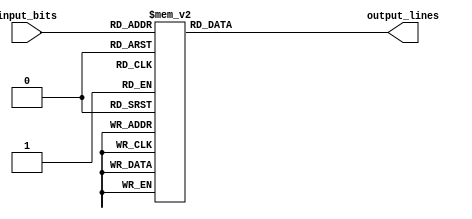
module octal_decoder(input [2:0] input_bits,
                      output reg [7:0] output_lines);

always @(*) begin
    case(input_bits)
        3'b000: output_lines = 8'b00000001; // Output line 1 active
        3'b001: output_lines = 8'b00000010; // Output line 2 active
        3'b010: output_lines = 8'b00000100; // Output line 3 active
        3'b011: output_lines = 8'b00001000; // Output line 4 active
        3'b100: output_lines = 8'b00010000; // Output line 5 active
        3'b101: output_lines = 8'b00100000; // Output line 6 active
        3'b110: output_lines = 8'b01000000; // Output line 7 active
        3'b111: output_lines = 8'b10000000; // Output line 8 active
        default: output_lines = 8'b00000000; // No output line active
    endcase
end

endmodule